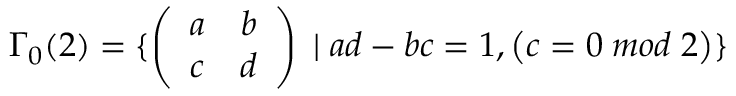
\Gamma _ { 0 } ( 2 ) = \{ \left( \begin{array} { l r } { { a } } & { { b } } \\ { { c } } & { { d } } \end{array} \right) \; | \; a d - b c = 1 , \left( c = 0 \; m o d \; 2 \right) \}